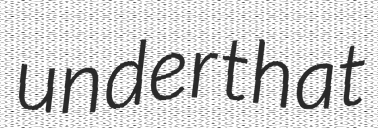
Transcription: under that